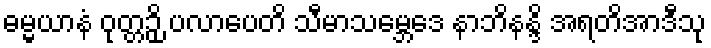
ဓမ္မယာနံ ဝုတ္တဉှိ ပလာပေတိ သီမာသမ္ဘေဒေ နာဘိနန္ဒိ အရတိအာဒီသု